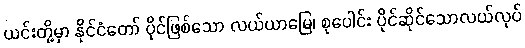
ယင်းတို့မှာ နိုင်ငံတော် ပိုင်ဖြစ်သော လယ်ယာမြေ၊ စုပေါင်း ပိုင်ဆိုင်သောလယ်လုပ်